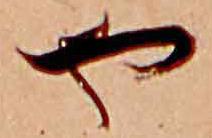
や